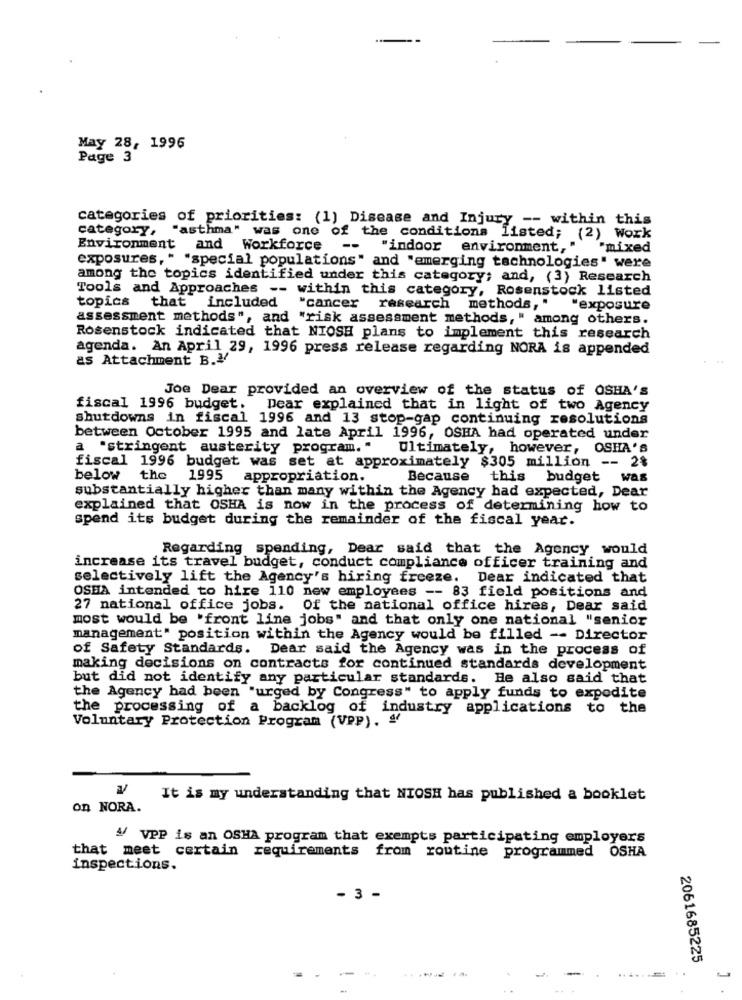
May 28, 1996
Page 3
categories of priorities: (1) Disease and Injury -- within this
category,
"asthma" was one of the conditions listed; (2) Work
Environment
and Workforce
-- "indoor environment,
"mixed
exposures, " "special populations" and "emerging technologies" were
among the topics identified under this category; and, (3) Research
Tools and Approaches -- within this category, Rosenstock listed
topics
that included
"cancer research methods, "
"exposure
assessment methods", and "risk assessment methods, " among others.
Rosenstock indicated that NIOSH plans to implement this research
agenda. An April 29, 1996 press release regarding NORA is appended
as Attachment B.V
Joe Dear provided an overview of the status of OSHA'S
fiscal 1996 budget. Dear explained that in light of two Agency
shutdowns in fiscal 1996 and 13 stop-gap continuing resolutions
between October 1995 and late April 1996, OSHA had operated under
a "stringent austerity program. "
Ultimately, however, OSHA's
fiscal 1996 budget was set at approximately $305 million -- 2%
below the
1995
appropriation.
Because
this budget was
substantially higher than many within the Agency had expected, Dear
explained that OSHA is now in the process of determining how to
spend its budget during the remainder of the fiscal year.
Regarding spending, Dear said that the Agency would
increase its travel budget, conduct compliance officer training and
selectively lift the Agency's hiring freeze. Dear indicated that
OSEA intended to hire 110 new employees -- 83 field positions and
27 national office jobs. Of the national office hires, Dear said
most would be 'front line jobs" and that only one national "senior
management" position within the Agency would be filled -- Director
of Safety Standards. Dear said the Agency was in the process of
making decisions on contracts for continued standards development
but did not identify any particular standards. He also said that
the Agency had been "urged by Congress" to apply funds to expedite
the processing of a backlog of industry applications to the
Voluntary Protection Program (VPP). &
It is my understanding that NIOSH has published a booklet
on NORA.
V/ VPP is an OSHA program that exempts participating employers
that meet certain requirements from routine programmed OSHA
inspections.
- 3 -
2061685225
-